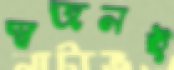
স্বজনই